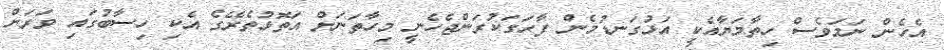
އެހެން ނަމަވެސް ހިތާމަޔާއެކީ އަޅުގަނޑުމެން ފާހަގަކުރަންޖެހެނީ މިހާތަނަށް އަތޮޅުތެރޭގެ އެކި ހިސާބުގައި ވަރަށް